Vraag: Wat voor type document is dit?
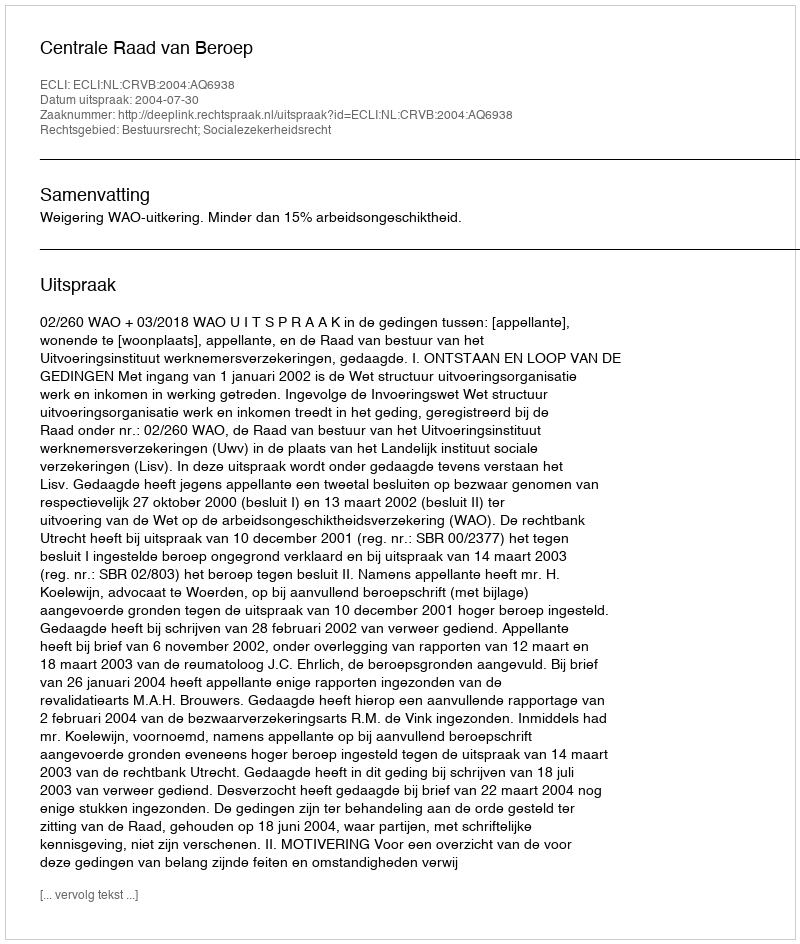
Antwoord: Uitspraak